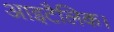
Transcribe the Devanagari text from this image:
आइटैलिक।